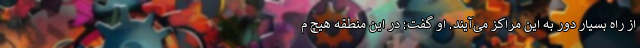
از راه بسیار دور به این مراکز می‌آیند. او گفت: در این منطقه هیچ م